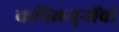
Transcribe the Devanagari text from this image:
कपिलमुनींची